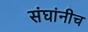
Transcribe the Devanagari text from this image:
संघांनीच